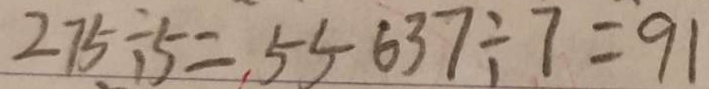
2 7 5 \div 5 = 5 5 6 3 7 \div 7 = 9 1